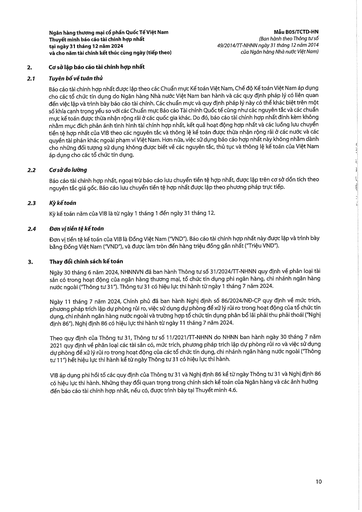
||| |---|---| |2.1|Tuyên bố về tuân thủ| ||Báo cáo tài chính hợp nhất được lập theo các Chuẩn mực Kế toán Việt Nam, Chế độ Kế toán Việt Nam áp dụng cho các tổ chức tín dụng do Ngân hàng Nhà nước Việt Nam ban hành và các quy định pháp lý có liên quan đến việc lập và trình bày báo cáo tài chính. Các chuẩn mực và quy định pháp lý này có thể khác biệt trên một số khía cạnh trọng yếu so với các Chuẩn mực Báo cáo Tài chính Quốc tế cũng như các nguyên tắc và các chuẩn mực kế toán được thừa nhận rộng rãi ở các quốc gia khác. Do đó, báo cáo tài chính hợp nhất đính kèm không nhằm mục đích phản ánh tình hình tài chính hợp nhất, kết quả hoạt động hợp nhất và các luồng lưu chuyển tiền tệ hợp nhất của VIB theo các nguyên tắc và thông lệ kế toán được thừa nhận rộng rãi ở các nước và các quyền tài phán khác ngoài phạm vi Việt Nam. Hơn nữa, việc sử dụng báo cáo hợp nhất này không nhằm dành cho những đối tượng sử dụng không được biết về các nguyên tắc, thủ tục và thông lệ kế toán của Việt Nam áp dụng cho các tổ chức tín dụng.| |2.2|Cơ sở đo lường Báo cáo tài chính hợp nhất, ngoại trừ báo cáo lưu chuyển tiền tệ hợp nhất, được lập trên cơ sở dồn tích theo nguyên tắc giá gốc. Báo cáo lưu chuyển tiền tệ hợp nhất được lập theo phương pháp trực tiếp.| |2.3|Kỳ kế toán Kỳ kế toán năm của VIB là từ ngày 1 tháng 1 đến ngày 31 tháng 12.| |2.4|Đơn vị tiền tệ kế toán Đơn vị tiền tệ kế toán của VIB là Đồng Việt Nam ("VND"). Báo cáo tài chính hợp nhất này được lập và trình bày bằng Đồng Việt Nam ("VND"), và được làm tròn đến hàng triệu đồng gần nhất ("Triệu VND").| |3.|Thay đổi chính sách kế toán Ngày 30 tháng 6 năm 2024, NHNNVN đã ban hành Thông tư số 31/2024/TT-NHNN quy định về phân loại tài sản có trong hoạt động của ngân hàng thương mại, tổ chức tín dụng phi ngân hàng, chi nhánh ngân hàng nước ngoài ("Thông tư 31"). Thông tư 31 có hiệu lực thi hành từ ngày 1 tháng 7 năm 2024.| ||Ngày 11 tháng 7 năm 2024, Chính phủ đã ban hành Nghị định số 86/2024/NĐ-CP quy định về mức trích, phương pháp trích lập dự phòng rủi ro, việc sử dụng dự phòng để xử lý rủi ro trong hoạt động của tổ chức tín dụng, chi nhánh ngân hàng nước ngoài và trường hợp tổ chức tín dụng phân bổ lại phải thu phải thoái ("Nghị định 86"). Nghị định 86 có hiệu lực thi hành từ ngày 11 tháng 7 năm 2024.| ||Theo quy định của Thông tư 31, Thông tư số 11/2021/TT-NHNN do NHNN ban hành ngày 30 tháng 7 năm 2021 quy định về phân loại các tài sản có, mức trích, phương pháp trích lập dự phòng rủi ro và việc sử dụng dự phòng để xử lý rủi ro trong hoạt động của các tổ chức tín dụng, chi nhánh ngân hàng nước ngoài ("Thông tư 11") hết hiệu lực thi hành kể từ ngày Thông tư 31 có hiệu lực thi hành.| ||VIB áp dụng phi hồi tố các quy định của Thông tư 31 và Nghị định 86 kể từ ngày Thông tư 31 và Nghị định 86 có hiệu lực thi hành. Những thay đổi quan trọng trong chính sách kế toán của Ngân hàng và các ảnh hưởng chính nhất, nếu có, được trình bày tại Thuyết minh 4.6.|